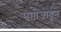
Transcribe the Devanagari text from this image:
समाजावून